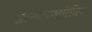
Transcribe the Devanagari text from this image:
ज्ञानशाखांतील